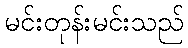
မင်းတုန်းမင်းသည်